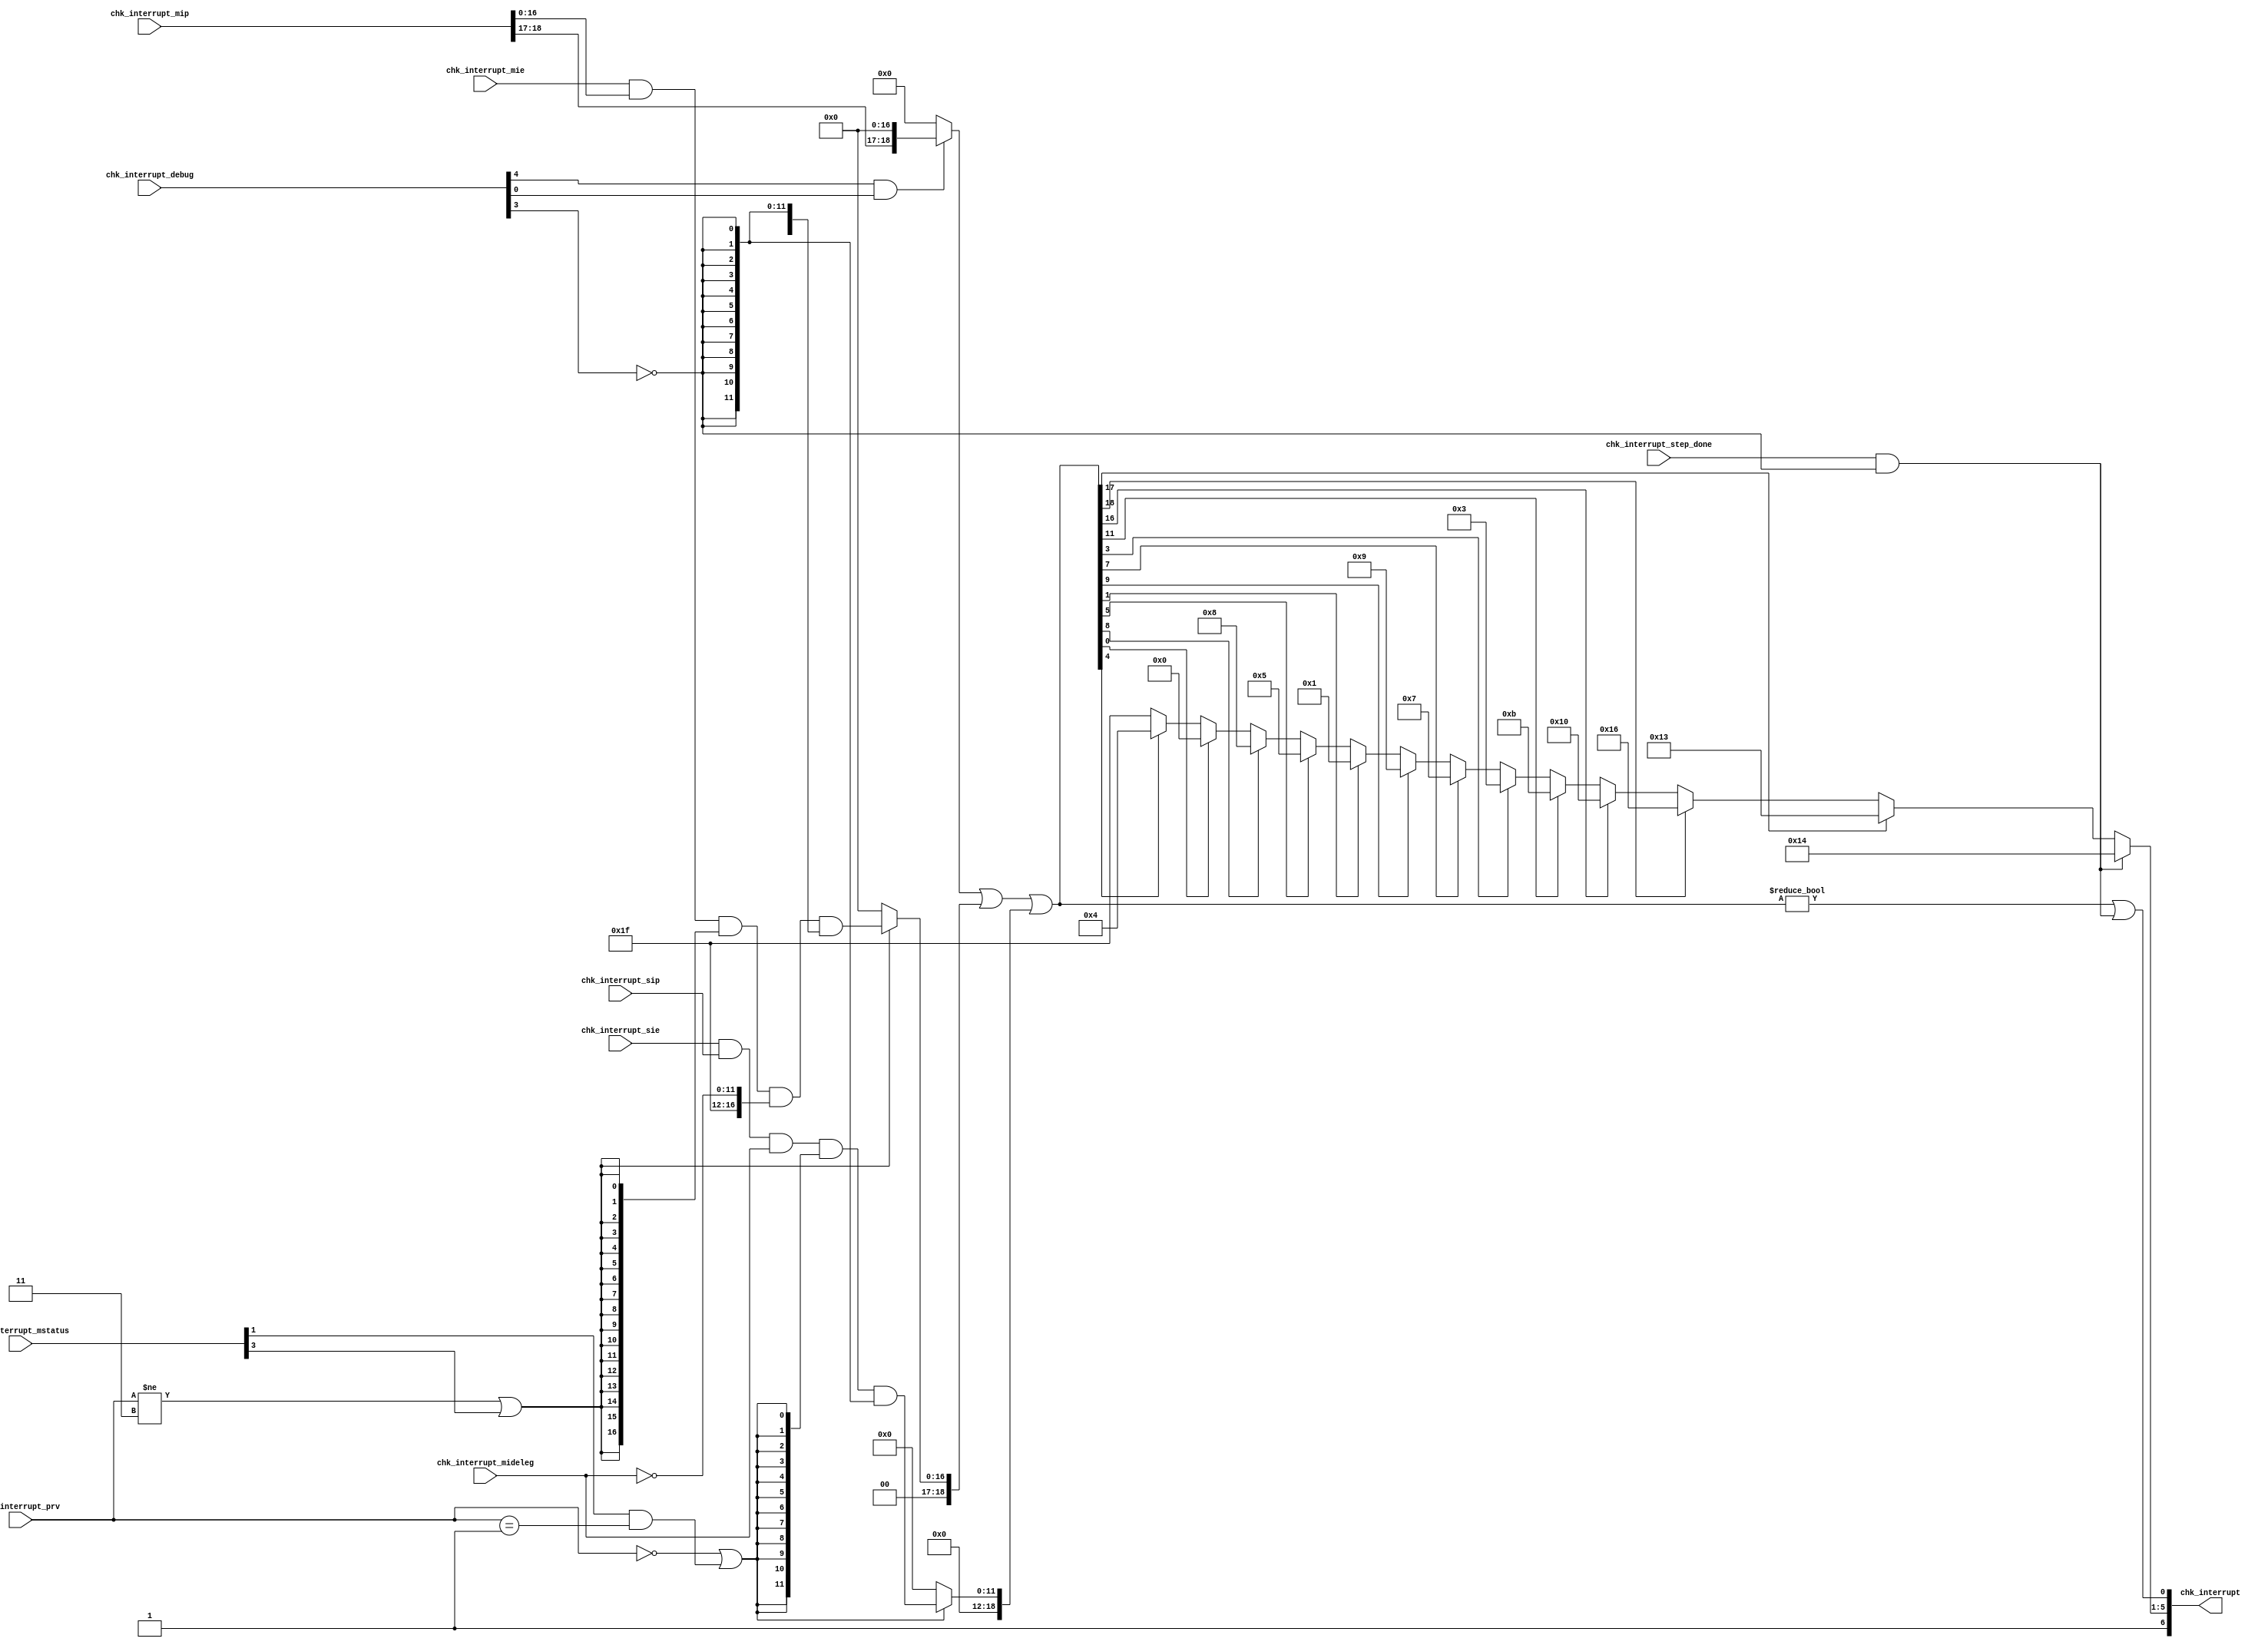
//
// Generated by Bluespec Compiler, version 2021.07-1-gaf77efcd (build af77efcd)
//
// On Mon Dec  6 11:47:44 IST 2021
//
//
// Ports:
// Name                         I/O  size props
// chk_interrupt                  O     7
// chk_interrupt_prv              I     2
// chk_interrupt_mstatus          I    64
// chk_interrupt_mip              I    19
// chk_interrupt_mie              I    17
// chk_interrupt_mideleg          I    12
// chk_interrupt_sip              I    12
// chk_interrupt_sie              I    12
// chk_interrupt_debug            I     5
// chk_interrupt_step_done        I     1
//
// Combinational paths from inputs to outputs:
//   (chk_interrupt_prv,
//    chk_interrupt_mstatus,
//    chk_interrupt_mip,
//    chk_interrupt_mie,
//    chk_interrupt_mideleg,
//    chk_interrupt_sip,
//    chk_interrupt_sie,
//    chk_interrupt_debug,
//    chk_interrupt_step_done) -> chk_interrupt
//
//

`ifdef BSV_ASSIGNMENT_DELAY
`else
  `define BSV_ASSIGNMENT_DELAY
`endif

`ifdef BSV_POSITIVE_RESET
  `define BSV_RESET_VALUE 1'b1
  `define BSV_RESET_EDGE posedge
`else
  `define BSV_RESET_VALUE 1'b0
  `define BSV_RESET_EDGE negedge
`endif

module module_chk_interrupt(chk_interrupt_prv,
			    chk_interrupt_mstatus,
			    chk_interrupt_mip,
			    chk_interrupt_mie,
			    chk_interrupt_mideleg,
			    chk_interrupt_sip,
			    chk_interrupt_sie,
			    chk_interrupt_debug,
			    chk_interrupt_step_done,
			    chk_interrupt);
  // value method chk_interrupt
  input  [1 : 0] chk_interrupt_prv;
  input  [63 : 0] chk_interrupt_mstatus;
  input  [18 : 0] chk_interrupt_mip;
  input  [16 : 0] chk_interrupt_mie;
  input  [11 : 0] chk_interrupt_mideleg;
  input  [11 : 0] chk_interrupt_sip;
  input  [11 : 0] chk_interrupt_sie;
  input  [4 : 0] chk_interrupt_debug;
  input  chk_interrupt_step_done;
  output [6 : 0] chk_interrupt;

  // signals for module outputs
  wire [6 : 0] chk_interrupt;

  // remaining internal signals
  wire [18 : 0] debug_interrupts__h39,
		pending_interrupts__h43,
		x__h109,
		x__h111,
		y__h110,
		y__h112;
  wire [16 : 0] m_interrupts__h41,
		x__h213,
		x__h215,
		x__h217,
		y__h214,
		y__h216,
		y__h218;
  wire [11 : 0] s_interrupts__h42,
		x__h284,
		x__h286,
		x__h288,
		y__h285,
		y__h287;
  wire [5 : 0] x__h30;
  wire [4 : 0] IF_chk_interrupt_step_done_AND_NOT_chk_interru_ETC___d64;

  // value method chk_interrupt
  assign chk_interrupt =
	     { x__h30,
	       pending_interrupts__h43 != 19'd0 ||
	       chk_interrupt_step_done && !chk_interrupt_debug[3] } ;

  // remaining internal signals
  assign IF_chk_interrupt_step_done_AND_NOT_chk_interru_ETC___d64 =
	     (chk_interrupt_step_done && !chk_interrupt_debug[3]) ?
	       5'd20 :
	       (pending_interrupts__h43[17] ?
		  5'd19 :
		  (pending_interrupts__h43[18] ?
		     5'd22 :
		     (pending_interrupts__h43[16] ?
			5'd16 :
			(pending_interrupts__h43[11] ?
			   5'd11 :
			   (pending_interrupts__h43[3] ?
			      5'd3 :
			      (pending_interrupts__h43[7] ?
				 5'd7 :
				 (pending_interrupts__h43[9] ?
				    5'd9 :
				    (pending_interrupts__h43[1] ?
				       5'd1 :
				       (pending_interrupts__h43[5] ?
					  5'd5 :
					  (pending_interrupts__h43[8] ?
					     5'd8 :
					     (pending_interrupts__h43[0] ?
						5'd0 :
						(pending_interrupts__h43[4] ?
						   5'd4 :
						   5'd31)))))))))))) ;
  assign debug_interrupts__h39 = { chk_interrupt_mip[18:17], 17'd0 } ;
  assign m_interrupts__h41 = x__h213 & y__h214 ;
  assign pending_interrupts__h43 = x__h109 | y__h110 ;
  assign s_interrupts__h42 = x__h284 & y__h285 ;
  assign x__h109 = x__h111 | y__h112 ;
  assign x__h111 =
	     (chk_interrupt_debug[4] && chk_interrupt_debug[0]) ?
	       debug_interrupts__h39 :
	       19'd0 ;
  assign x__h213 = x__h215 & y__h216 ;
  assign x__h215 = x__h217 & y__h218 ;
  assign x__h217 = chk_interrupt_mie & chk_interrupt_mip[16:0] ;
  assign x__h284 = x__h286 & y__h287 ;
  assign x__h286 = x__h288 & chk_interrupt_mideleg ;
  assign x__h288 = chk_interrupt_sie & chk_interrupt_sip ;
  assign x__h30 =
	     { 1'b1,
	       IF_chk_interrupt_step_done_AND_NOT_chk_interru_ETC___d64 } ;
  assign y__h110 =
	     (chk_interrupt_prv == 2'd0 ||
	      chk_interrupt_mstatus[1] && chk_interrupt_prv == 2'd1) ?
	       { 7'd0, s_interrupts__h42 } :
	       19'd0 ;
  assign y__h112 =
	     (chk_interrupt_prv != 2'd3 || chk_interrupt_mstatus[3]) ?
	       { 2'd0, m_interrupts__h41 } :
	       19'd0 ;
  assign y__h214 = {17{!chk_interrupt_debug[3]}} ;
  assign y__h216 = { 5'd31, ~chk_interrupt_mideleg } ;
  assign y__h218 =
	     {17{chk_interrupt_prv != 2'd3 || chk_interrupt_mstatus[3]}} ;
  assign y__h285 = {12{!chk_interrupt_debug[3]}} ;
  assign y__h287 =
	     {12{chk_interrupt_prv == 2'd0 ||
		 chk_interrupt_mstatus[1] && chk_interrupt_prv == 2'd1}} ;
endmodule  // module_chk_interrupt